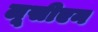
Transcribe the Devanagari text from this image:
लूसीएन